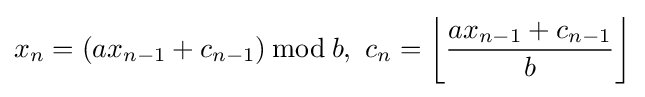
x_{n}=(ax_{n-1}+c_{n-1})\,{\bmod {\,}}b,\ c_{n}=\left\lfloor {\frac {ax_{n-1}+c_{n-1}}{b}}\right\rfloor